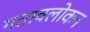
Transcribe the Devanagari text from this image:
गतावलोकन